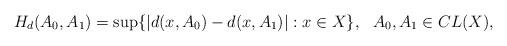
LaTeX: \begin{align*}H_d(A_0,A_1)=\sup\{|d(x,A_0)-d(x,A_1)|: x\in X\}, \ \ A_0,A_1\in CL(X),\end{align*}